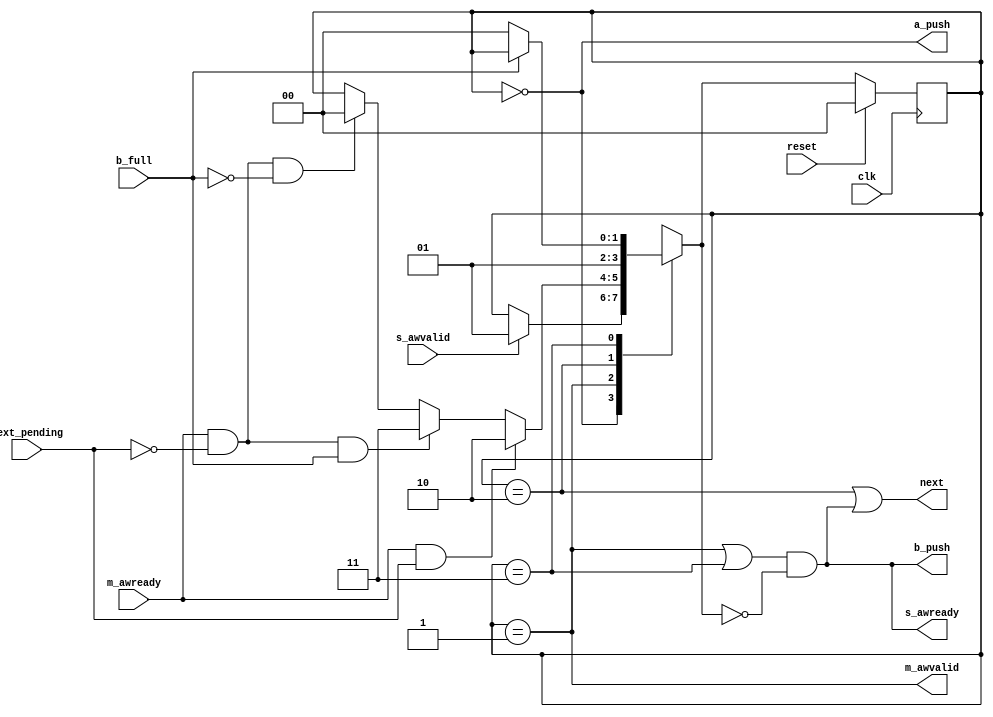
///////////////////////////////////////////////////////////////////////////////
//
//
///////////////////////////////////////////////////////////////////////////////
`timescale 1ps/1ps
`default_nettype none

(* DowngradeIPIdentifiedWarnings="yes" *) 
module axi_protocol_converter_v2_1_b2s_wr_cmd_fsm (
///////////////////////////////////////////////////////////////////////////////
// Port Declarations
///////////////////////////////////////////////////////////////////////////////
  input  wire                                 clk           ,
  input  wire                                 reset         ,
  output wire                                 s_awready       ,
  input  wire                                 s_awvalid       ,
  output wire                                 m_awvalid        ,
  input  wire                                 m_awready      ,
  // signal to increment to the next mc transaction
  output wire                                 next          ,
  // signal to the fsm there is another transaction required
  input  wire                                 next_pending  ,
  // Write Data portion has completed or Read FIFO has a slot available (not
  // full)
  output wire                                 b_push        ,
  input  wire                                 b_full        ,
  output wire                                 a_push
);

////////////////////////////////////////////////////////////////////////////////
// Local parameters
////////////////////////////////////////////////////////////////////////////////
// States
localparam SM_IDLE                = 2'b00;
localparam SM_CMD_EN              = 2'b01;
localparam SM_CMD_ACCEPTED        = 2'b10;
localparam SM_DONE_WAIT           = 2'b11;

////////////////////////////////////////////////////////////////////////////////
// Wires/Reg declarations
////////////////////////////////////////////////////////////////////////////////
reg [1:0]       state;
// synthesis attribute MAX_FANOUT of state is 20;
reg [1:0]       next_state;

////////////////////////////////////////////////////////////////////////////////
// BEGIN RTL
///////////////////////////////////////////////////////////////////////////////


always @(posedge clk) begin
  if (reset) begin
    state <= SM_IDLE;
  end else begin
    state <= next_state;
  end
end

// Next state transitions.
always @( * )
begin
  next_state = state;
  case (state)
    SM_IDLE:
      if (s_awvalid) begin
        next_state = SM_CMD_EN;
      end else
        next_state = state;

    SM_CMD_EN:
      if (m_awready & next_pending)
        next_state = SM_CMD_ACCEPTED;
      else if (m_awready & ~next_pending & b_full)
        next_state = SM_DONE_WAIT;
      else if (m_awready & ~next_pending & ~b_full)
        next_state = SM_IDLE;
      else
        next_state = state;

    SM_CMD_ACCEPTED:
      next_state = SM_CMD_EN;

    SM_DONE_WAIT:
      if (!b_full)
        next_state = SM_IDLE;
      else
        next_state = state;

      default:
        next_state = SM_IDLE;
  endcase
end

// Assign outputs based on current state.

assign m_awvalid  = (state == SM_CMD_EN);

assign next    = ((state == SM_CMD_ACCEPTED)
                 | (((state == SM_CMD_EN) | (state == SM_DONE_WAIT)) & (next_state == SM_IDLE))) ;

assign a_push  = (state == SM_IDLE);
assign s_awready = ((state == SM_CMD_EN) | (state == SM_DONE_WAIT)) & (next_state == SM_IDLE);
assign b_push  = ((state == SM_CMD_EN) | (state == SM_DONE_WAIT)) & (next_state == SM_IDLE);

endmodule
`default_nettype wire